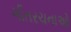
ગીતરચનાઓ